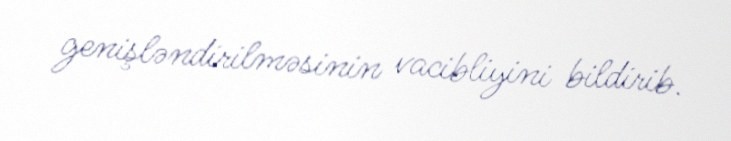
genişləndirilməsinin vacibliyini bildirib.